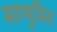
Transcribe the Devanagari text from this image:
मरुभूमित